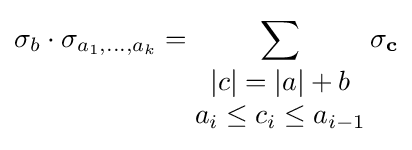
\sigma _{b}\cdot \sigma _{a_{1},\ldots ,a_{k}}=\sum _{\begin{matrix}|c|=|a|+b\\a_{i}\leq c_{i}\leq a_{i-1}\end{matrix}}\sigma _{\mathbf {c} }